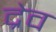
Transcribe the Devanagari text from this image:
द्रेव